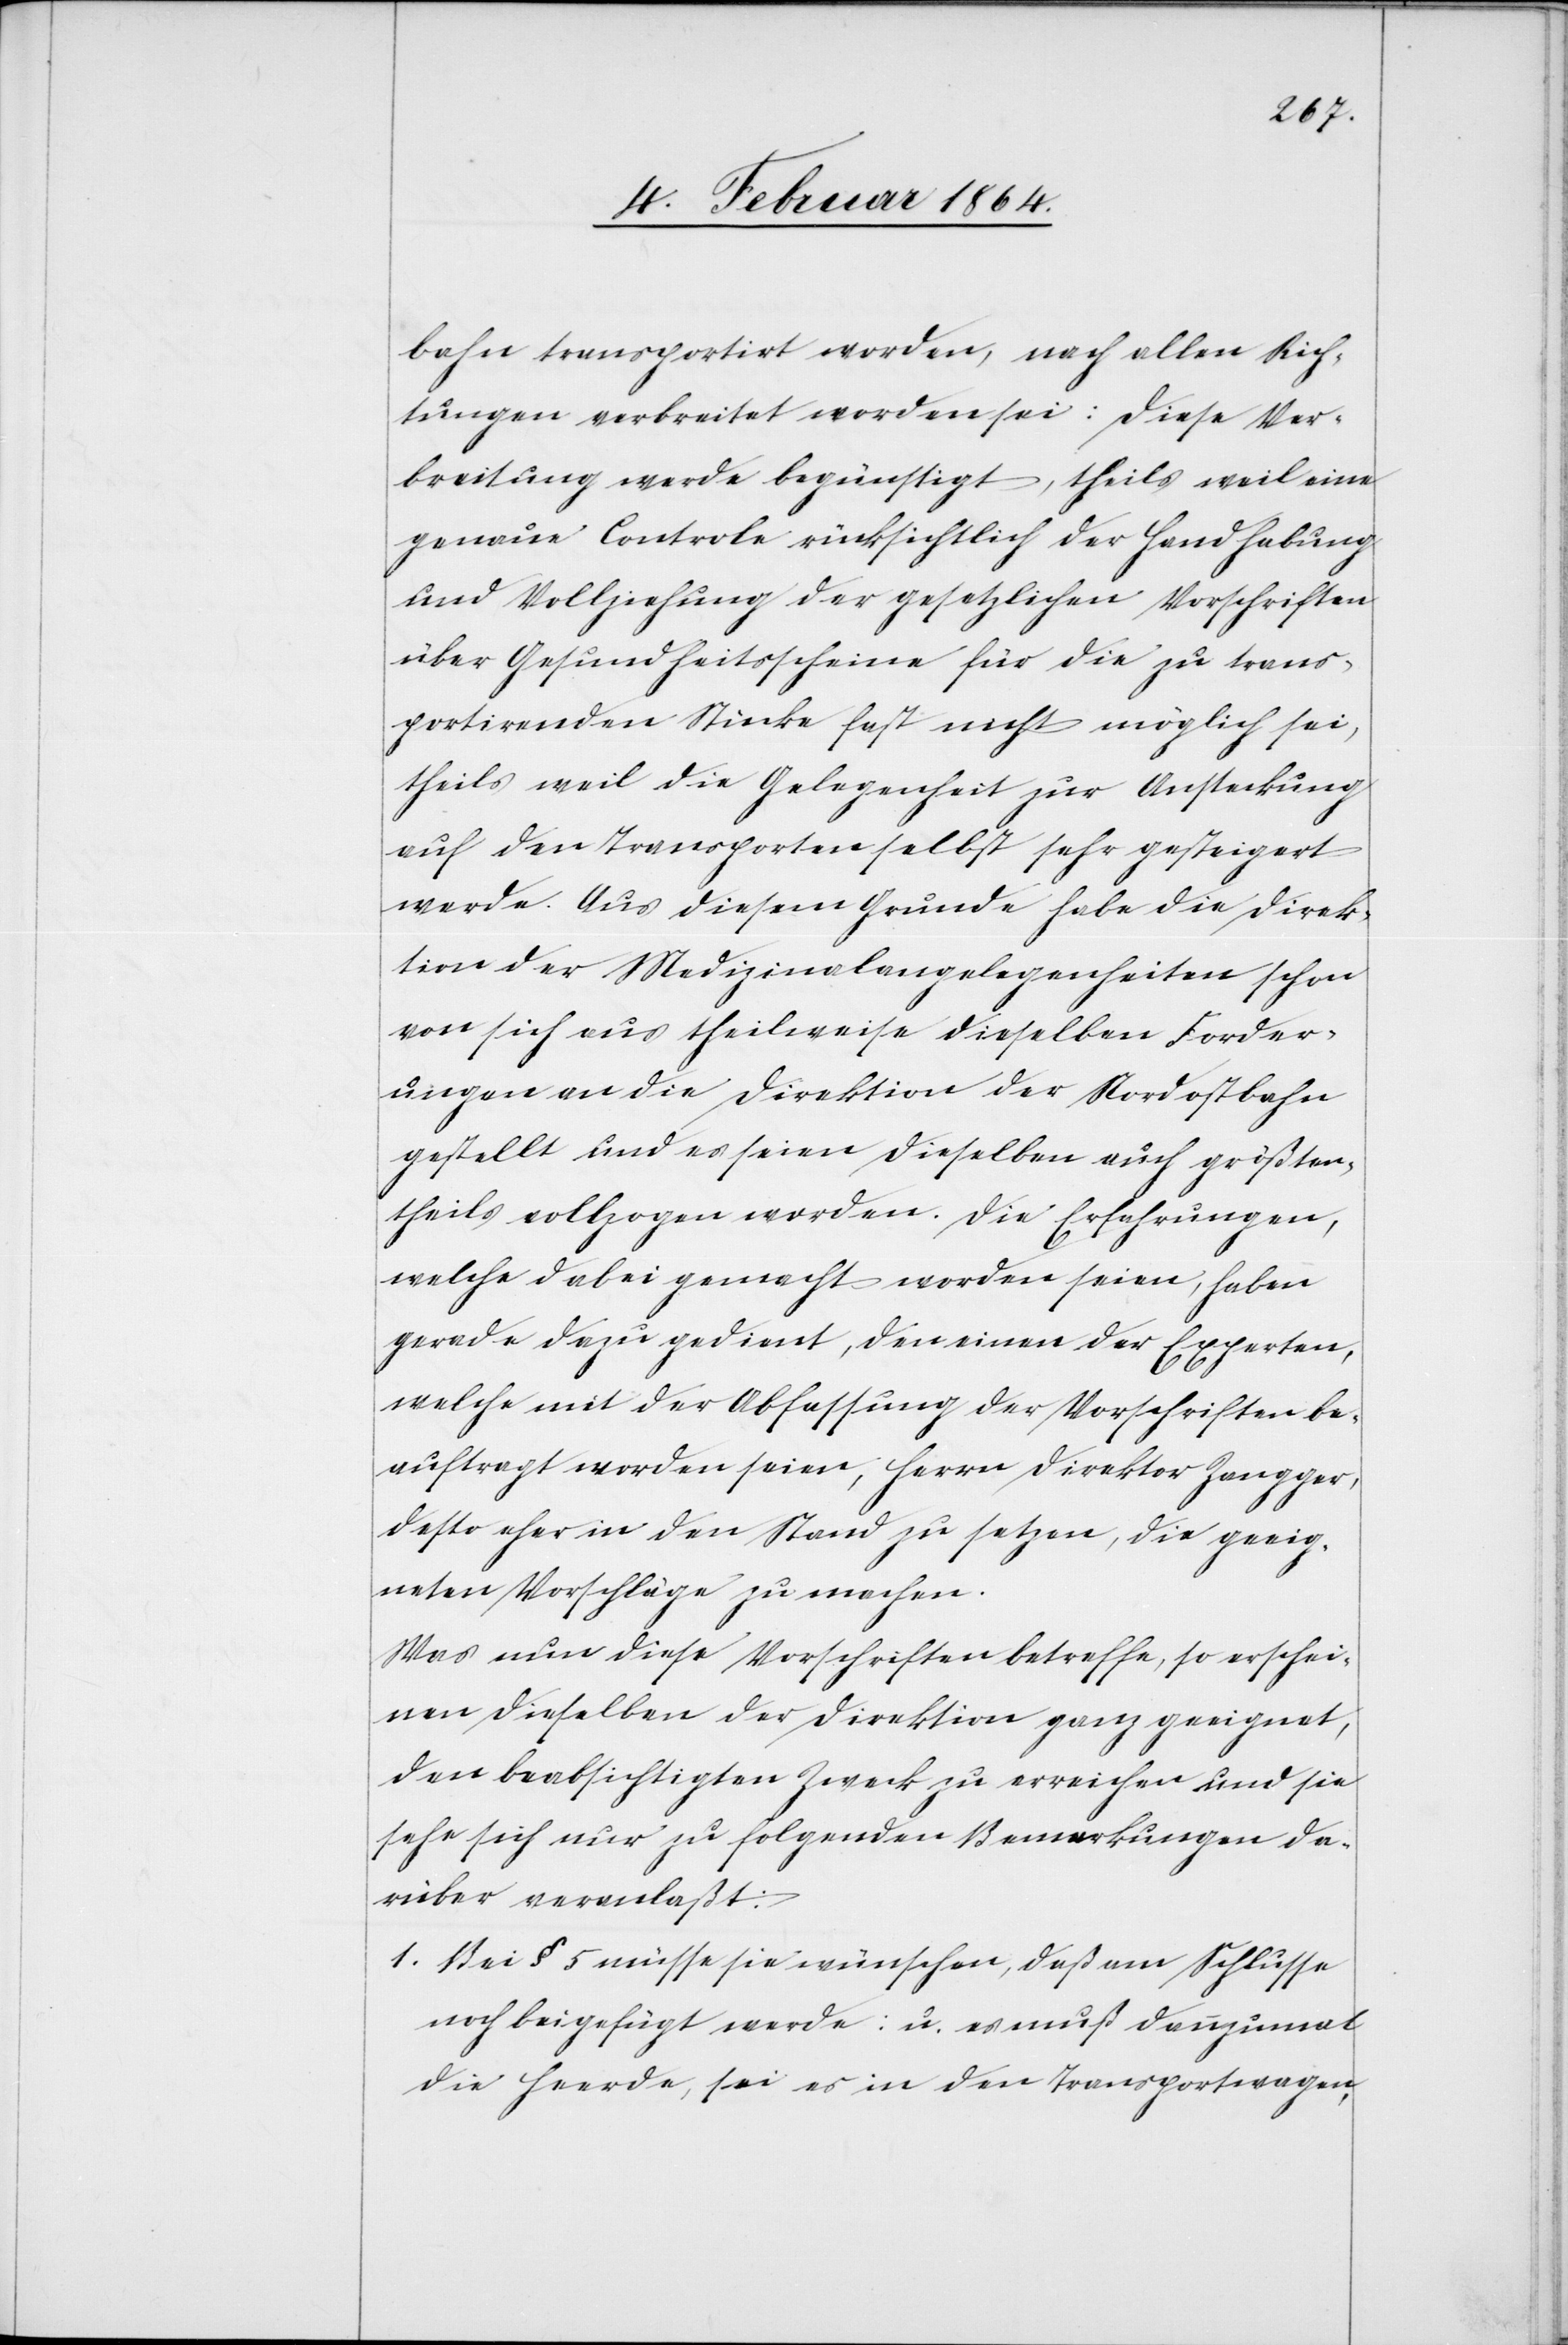
bahn transportiert worden, nach allen Rich¬
tungen verbreitet worden sei: Diese Ver¬
breitung werde begünstigt, theils weil eine
genaue Controle rücksichtlich der Handhabung
und Vollziehung der gesetzlichen Vorschriften
über Gesundheitsscheine für die zu trans¬
portierenden Stücke fast nicht möglich sei,
theils weil die Gelegenheit zur Ansteckung
auf den Transporten selbst sehr gesteigert
werde. Aus diesem Grunde habe die Direk¬
tion der Medizinalangelegenheiten schon
von sich aus theilweise dieselben Forder¬
ungen an die Direktion der Nordostbahn
gestellt und es seien dieselben auch größten¬
theils vollzogen worden. Die Erfahrungen,
welche dabei gemacht worden seien, haben
gerade dazu gedient, den einen der Experten,
welche mit der Abfassung der Vorschriften be¬
auftragt worden seien, Herrn Direktor Zangger,
desto eher in den Stand zu setzen, die geeig¬
neten Vorschläge zu machen.
Was nun diese Vorschriften betreffe, so erschei¬
nen dieselben der Direktion ganz geeignet,
den beabsichtigten Zweck zu erreichen und sie
sehe sich nur zu folgenden Bemerkungen da¬
rüber veranlaßt:
1. Bei § 5 müsse sie wünschen, daß am Schlusse
noch beigefügt werde: u. es muß dannzumal
die Heerde, sei es in den Transportwagen,